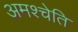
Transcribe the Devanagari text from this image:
अमश्चेति